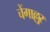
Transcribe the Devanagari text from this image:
चेंगाल्लुर